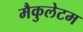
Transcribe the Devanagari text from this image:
मैकुलेटम